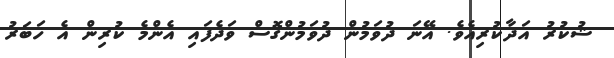
ޝުކުރު އަދާކުރިއެވެ. އޭނަ ދުވަމުން ދުވަމުންގޮސް ވަދެފައި އެންމެ ކުރިން އެ ޚަބަރު